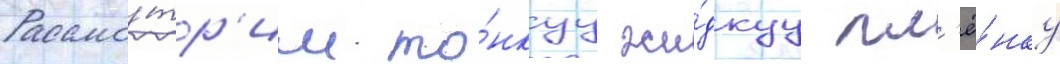
Рассмо́тр'им то́нкуу жи́дкуу пл'ё́нку